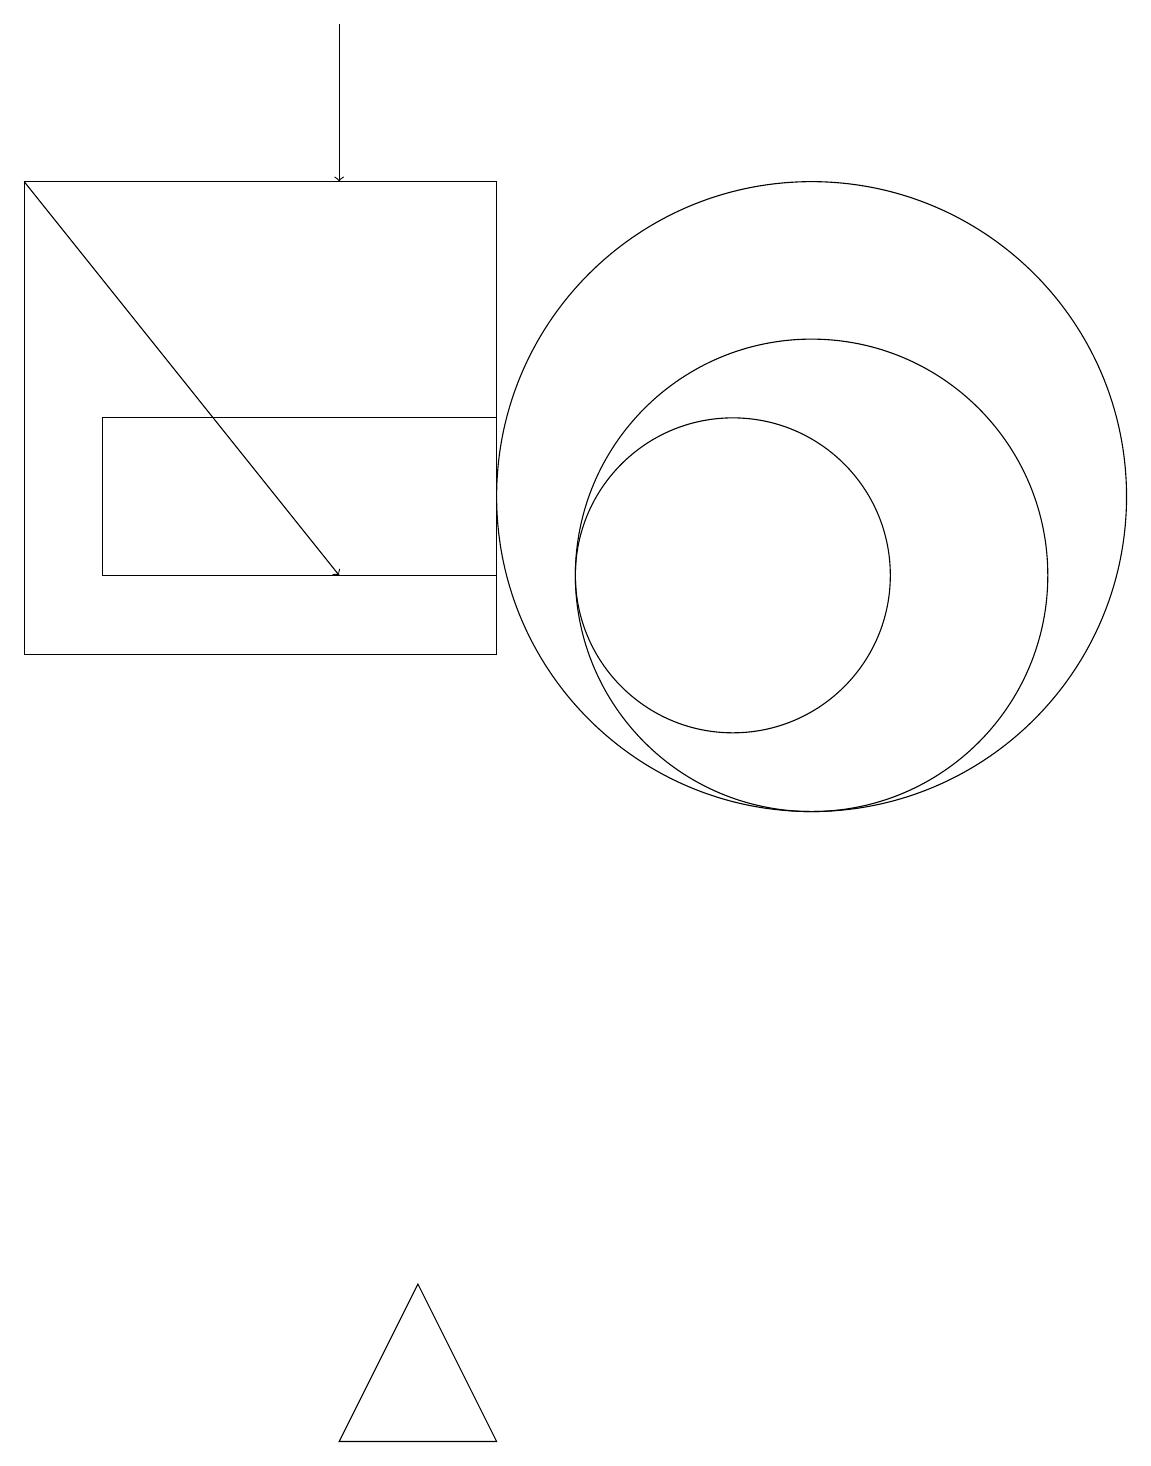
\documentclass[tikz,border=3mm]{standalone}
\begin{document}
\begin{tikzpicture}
\draw (11,12) circle (4);
\draw (10,11) circle (2);
\draw (7,16) rectangle (1,10);
\draw (7,11) rectangle (2,13);
\draw[->] (5,18) -- (5,16);
\draw (5,0) -- (6,2) -- (7,0) -- cycle;
\draw[->] (1,16) -- (5,11);
\draw (11,11) circle (3);
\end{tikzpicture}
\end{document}